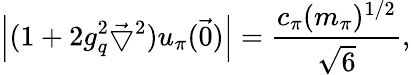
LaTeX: \left|(1+2g_{q}^{2}\vec{\bigtriangledown}^{2})u_{\pi}(\vec{0})\right|=\frac{c_{\pi}(m_{\pi})^{1/2}}{\sqrt 6},